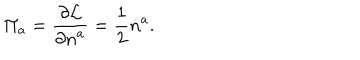
\Pi _ { a } = \frac { \partial { \cal L } } { \partial \dot { n } ^ { a } } = \frac { 1 } { 2 } \dot { n } ^ { a } .